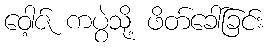
ဝေါ့ဇ် ကပွဲသို့ ဖိတ်ခေါ်ခြင်း